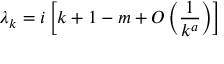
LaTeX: \lambda _ { k } = i \left[ k + 1 - m + { \cal O } \left( \frac { 1 } { k ^ { a } } \right) \right]